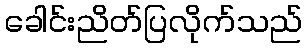
ခေါင်းညိတ်ပြလိုက်သည်